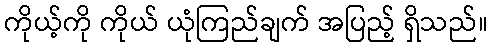
ကိုယ့်ကို ကိုယ် ယုံကြည်ချက် အပြည့် ရှိသည်။